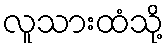
လူသားထံသို့